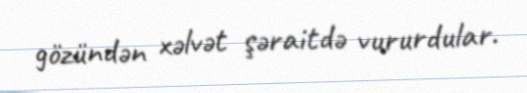
gözündən xəlvət şəraitdə vururdular.